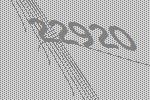
22920